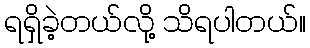
ရရှိခဲ့တယ်လို့ သိရပါတယ်။